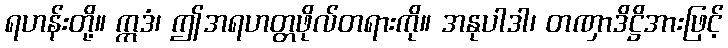
ရဟန်းတို့။ ဣဒံ၊ ဤအရဟတ္တဖိုလ်တရားကို။ အနုပါဒါ၊ တဏှာဒိဋ္ဌိအားဖြင့်